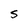
Character: S